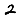
Digit: 2